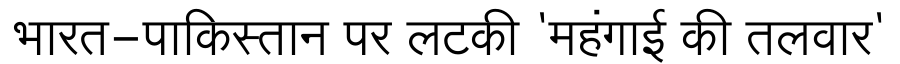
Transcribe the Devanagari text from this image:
भारत-पाकिस्तान पर लटकी 'महंगाई की तलवार'